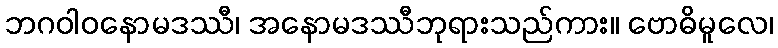
ဘဂဝါဝနောမဒဿီ၊ အနောမဒဿီဘုရားသည်ကား။ ဗောဓိမူလေ၊